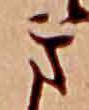
き